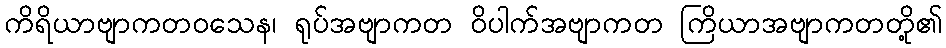
ကိရိယာဗျာကတဝသေန၊ ရုပ်အဗျာကတ ဝိပါက်အဗျာကတ ကြိယာအဗျာကတတို့၏